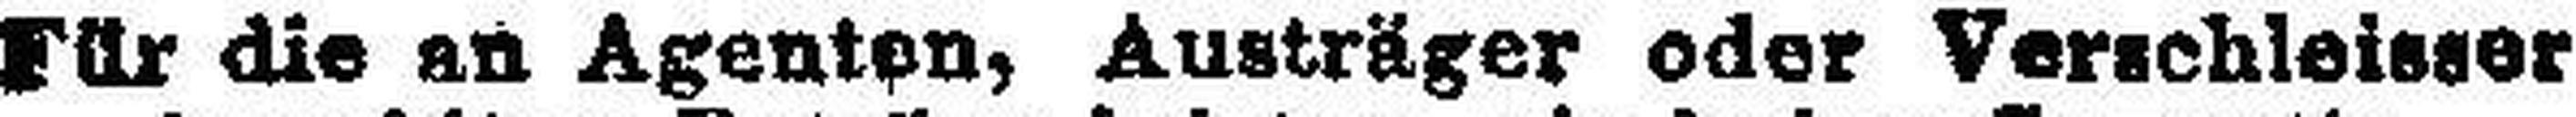
Für die an Agenten, Austräger oder Verschleissor